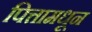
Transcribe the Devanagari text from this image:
पित्तामधून